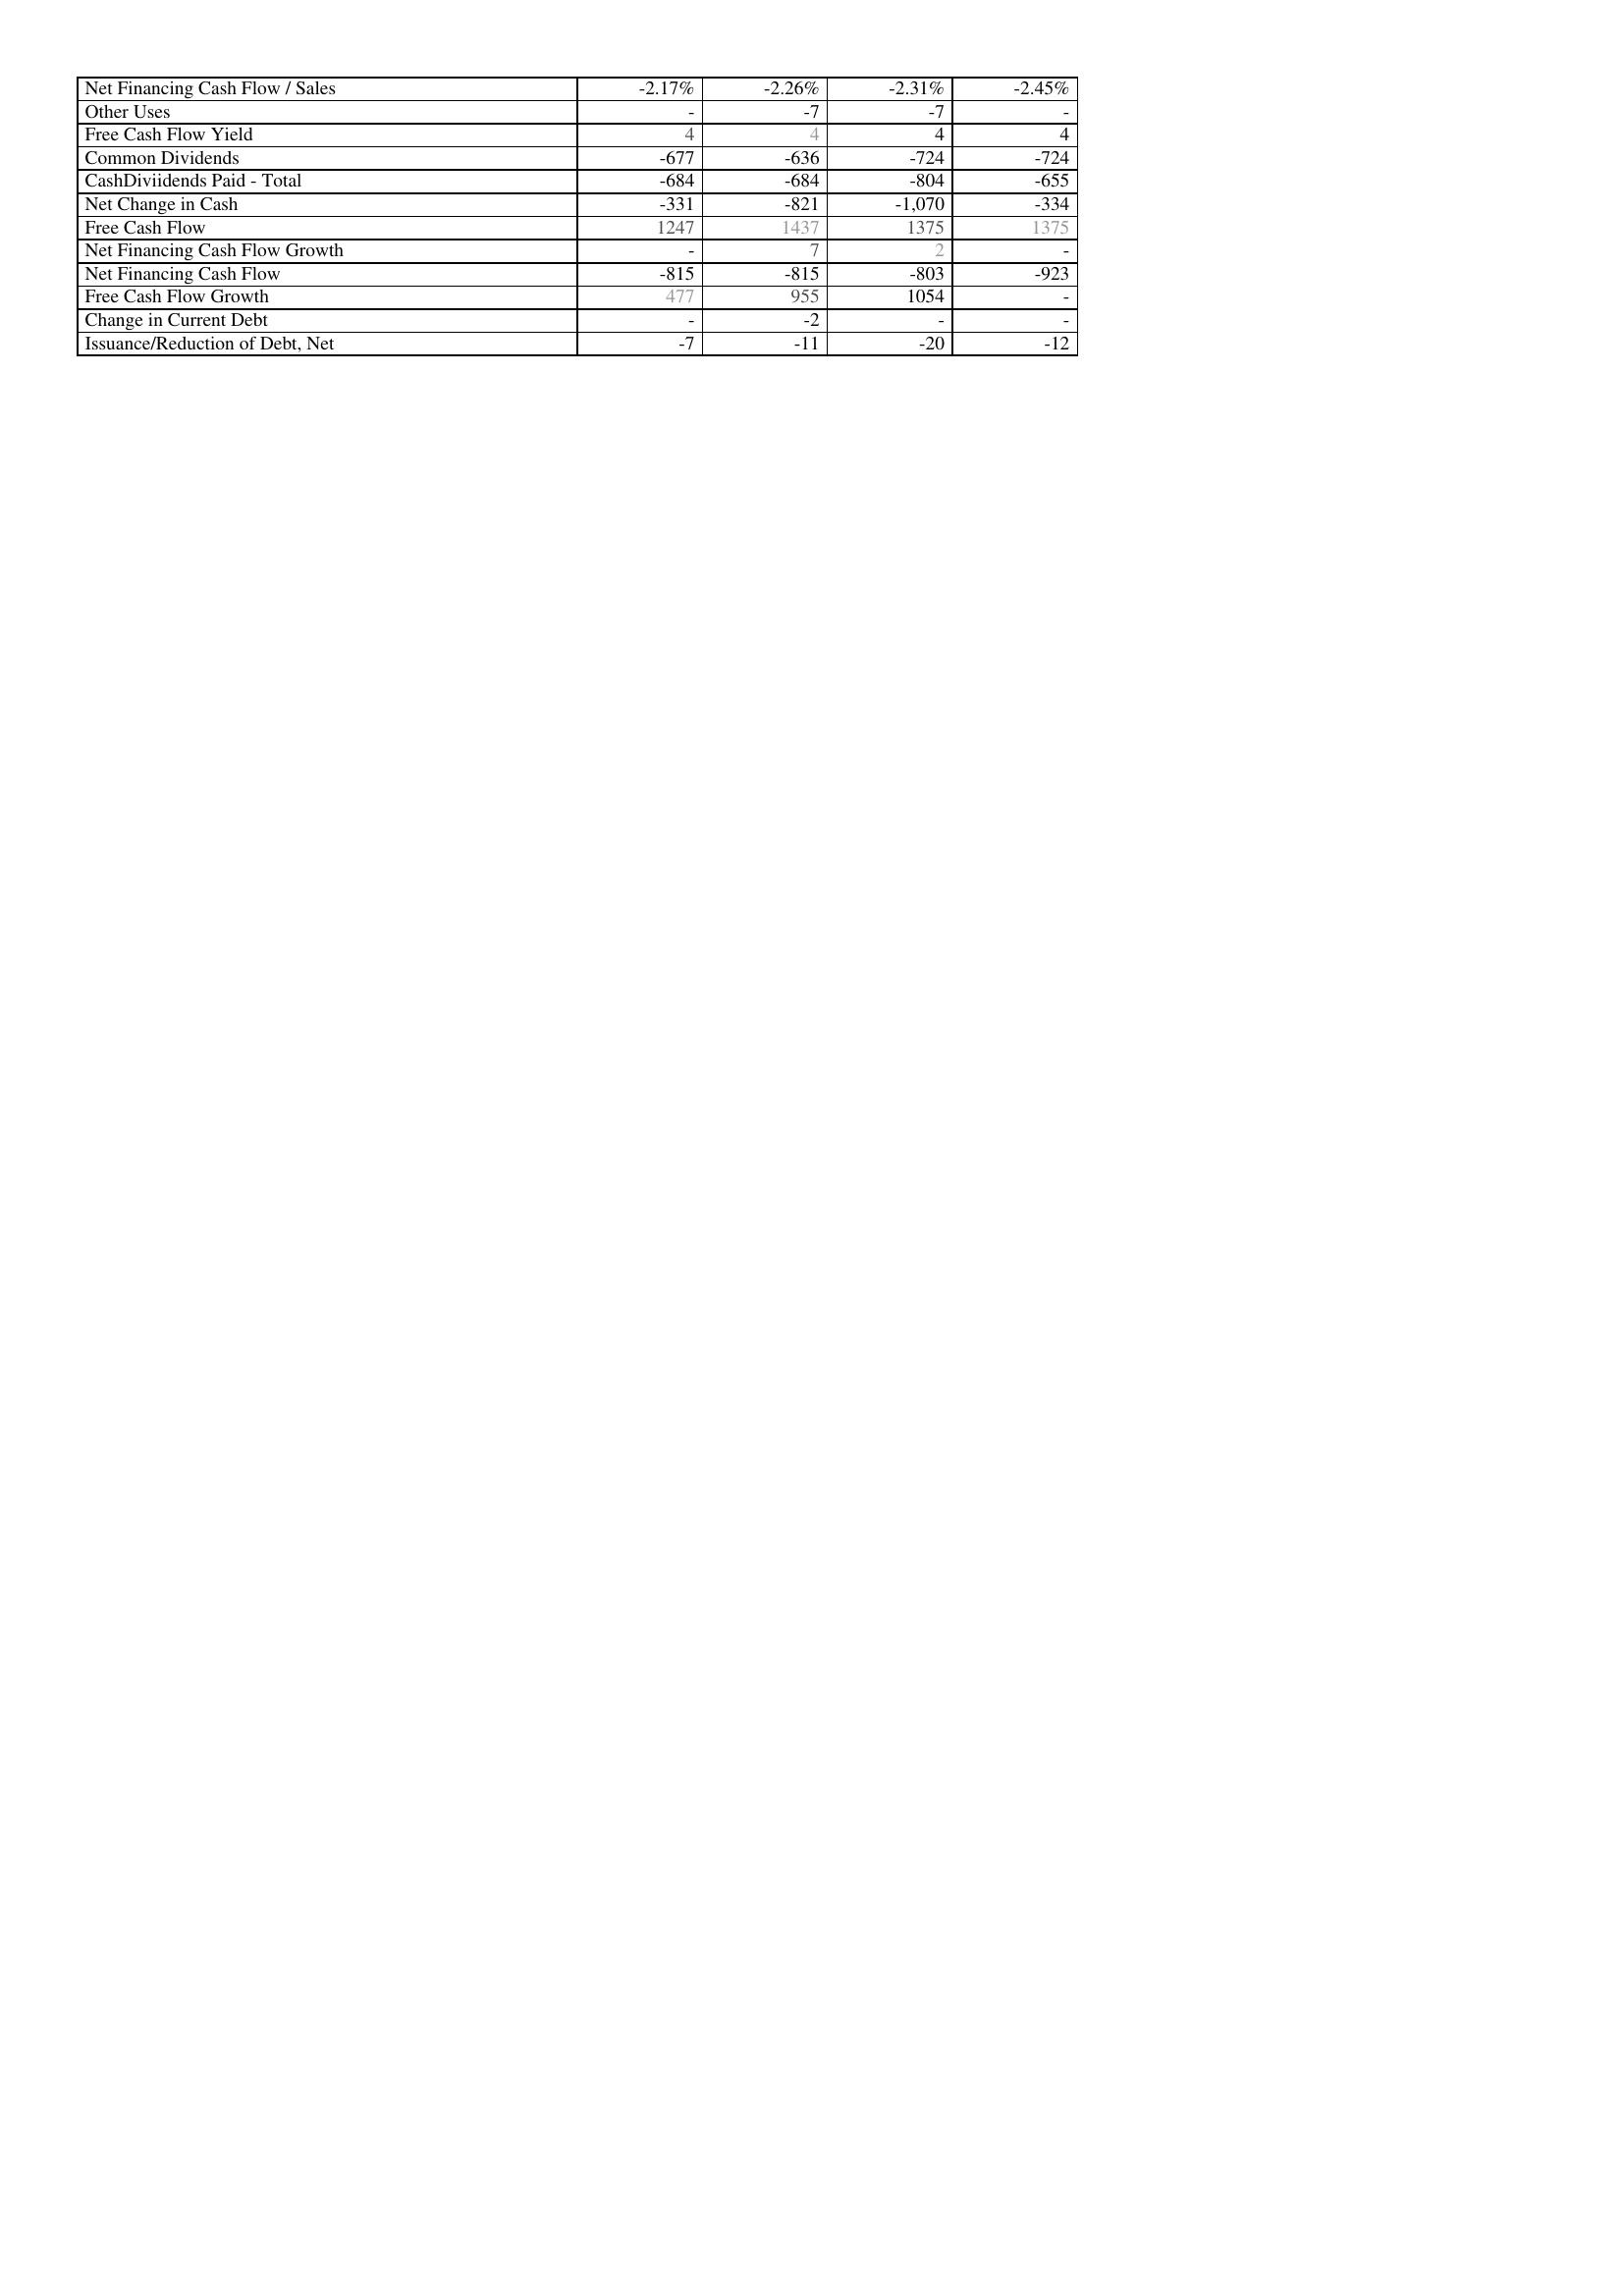
2019: Financing Activities: Net Financing Cash Flow / Sales: -2.17%
Other Uses: -
Free Cash Flow Yield: 4
Common Dividends: -677
CashDiviidends Paid - Total: -684
Net Change in Cash: -331
Free Cash Flow: 1247
Net Financing Cash Flow Growth: -
Net Financing Cash Flow: -815
Free Cash Flow Growth: 477
Change in Current Debt: -
Issuance/Reduction of Debt, Net: -7
2020: Financing Activities: Net Financing Cash Flow / Sales: -2.26%
Other Uses: -7
Free Cash Flow Yield: 4
Common Dividends: -636
CashDiviidends Paid - Total: -684
Net Change in Cash: -821
Free Cash Flow: 1437
Net Financing Cash Flow Growth: 7
Net Financing Cash Flow: -815
Free Cash Flow Growth: 955
Change in Current Debt: -2
Issuance/Reduction of Debt, Net: -11
2021: Financing Activities: Net Financing Cash Flow / Sales: -2.31%
Other Uses: -7
Free Cash Flow Yield: 4
Common Dividends: -724
CashDiviidends Paid - Total: -804
Net Change in Cash: -1,070
Free Cash Flow: 1375
Net Financing Cash Flow Growth: 2
Net Financing Cash Flow: -803
Free Cash Flow Growth: 1054
Change in Current Debt: -
Issuance/Reduction of Debt, Net: -20
2022: Financing Activities: Net Financing Cash Flow / Sales: -2.45%
Other Uses: -
Free Cash Flow Yield: 4
Common Dividends: -724
CashDiviidends Paid - Total: -655
Net Change in Cash: -334
Free Cash Flow: 1375
Net Financing Cash Flow Growth: -
Net Financing Cash Flow: -923
Free Cash Flow Growth: -
Change in Current Debt: -
Issuance/Reduction of Debt, Net: -12